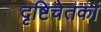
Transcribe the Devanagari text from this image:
दृष्टिचेतकां